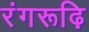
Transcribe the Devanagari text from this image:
रंगरूढ़ि